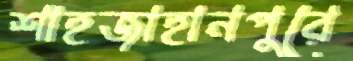
শাহজাহানপুরে